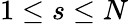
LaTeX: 1\leq s\leq N